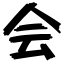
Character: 会